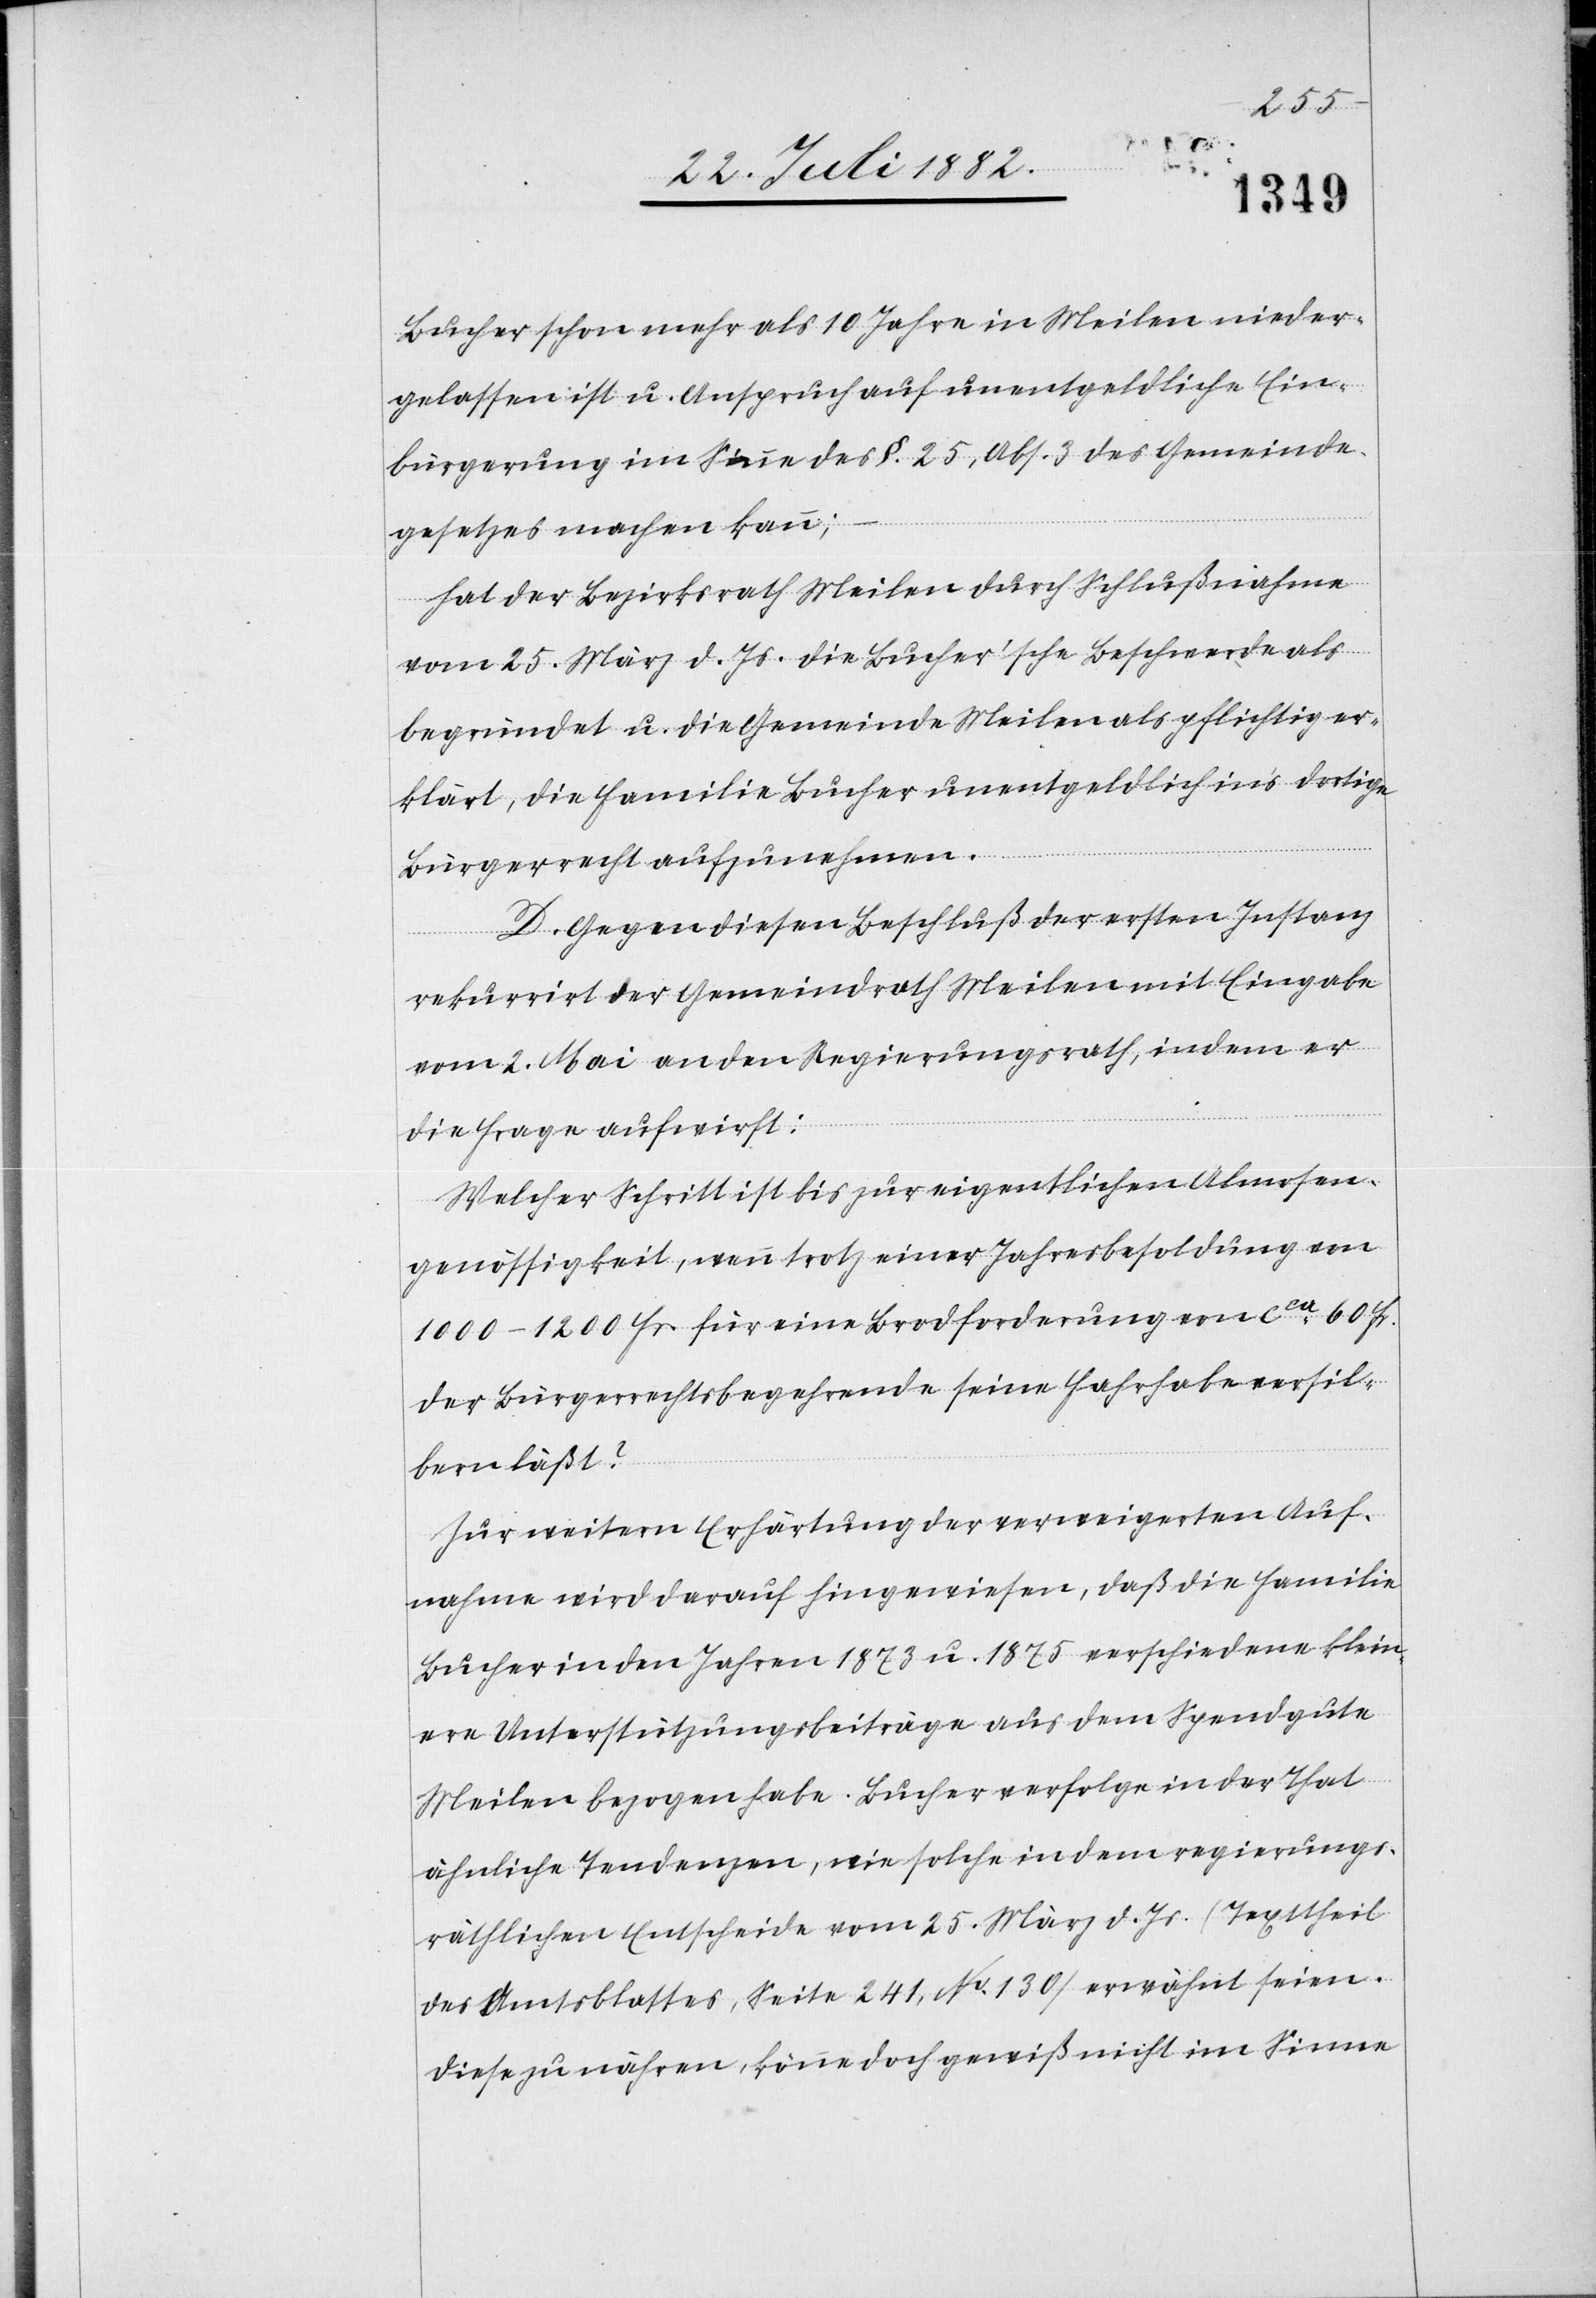
Bucher schon mehr als 10 Jahre in Meilen nieder¬
gelassen ist u. Anspruch auf unentgeldliche Ein¬
bürgerung im Sinne des §. 25, Abs. 3 des Gemeinde¬
gesetzes machen kann;
hat der Bezirksrath Meilen durch Schlußnahme
vom 25. März d. Js. die Bucher’sche Beschwerde als
begründet u. die Gemeinde Meilen als pflichtig er¬
klärt, die Familie Bucher unentgeldlich in’s dortige
Bürgerrecht aufzunehmen.
D. Gegen diesen Beschluß der ersten Instanz
rekurrirt der Gemeindrath Meilen mit Eingabe
vom 2. Mai an den Regierungsrath, indem er
die Frage aufwirft:
Welcher Schritt ist bis zur eigentlichen Almosen¬
genössigkeit, wenn trotz einer Jahresbesoldung von
1000–1200 Fr. für eine Brodforderung von ca 60 Fr.
der Bürgerrechtsbegehrende seine Fahrhabe versil¬
bern läßt?
Zur weitern Erhärtung der verweigerten Auf¬
nahme wird darauf hingewiesen, daß die Familie
Bucher in den Jahren 1873 u. 1875 verschiedene klein¬
ere Unterstützungsbeiträge aus dem Spendgute
Meilen bezogen habe. Bucher verfolge in der That
ähnliche Tendenzen, wie solche in dem regierungs¬
räthlichen Entscheide vom 25. März d. Js. (Texttheil
des Amtsblattes, Seite 241, No 130) erwähnt seien.
Diese zu nähren, könne jedoch nicht im Sinne